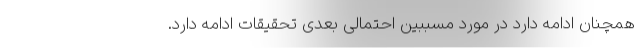
همچنان ادامه دارد در مورد مسببین احتمالی بعدی تحقیقات ادامه دارد.